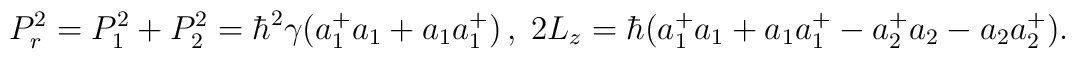
P_{r}^{2}=P_{1}^{2}+P_{2}^{2}=\hbar ^{2}\gamma(a_{1}^{+}a_{1}+a_{1}a_{1}^{+})\,,\;2L_{z}=\hbar(a_{1}^{+}a_{1}+a_{1}a_{1}^{+}-a_{2}^{+}a_{2}-a_{2}a_{2}^{+}).